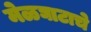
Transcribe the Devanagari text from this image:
मेळघाटाचे